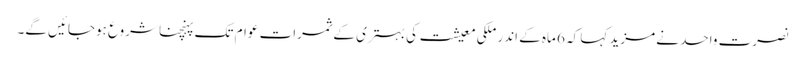
نصرت واحد نے مزید کہا کہ 6 ماہ کے اندر ملکی معیشت کی بہتری کے ثمرات عوام تک پہنچنا شروع ہوجائیں گے۔